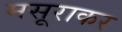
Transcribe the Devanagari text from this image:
मसूराकर